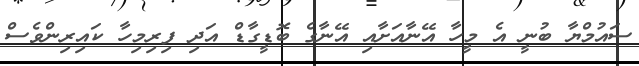
ސައުމްޔާ ބުނީ އެ މީހާ އޭނާއަށާއި އޭނާގެ ބޮޑީގާޑް އަދި ފިރިމިހާ ކައިރިންވެސް